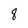
Character: 8